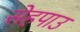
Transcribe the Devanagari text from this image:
सेहपाउ